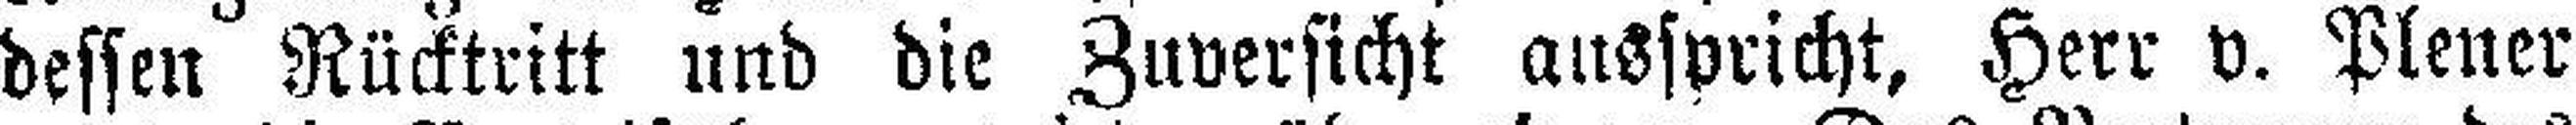
dessen Rücktritt und die Zuversicht ausspricht, Herr v. Plener